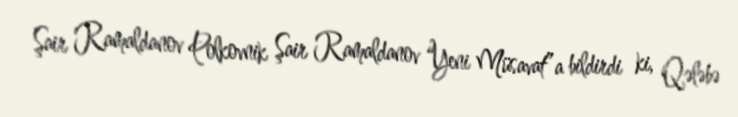
Şair Ramaldanov Polkovnik Şair Ramaldanov “Yeni Müsavat”a bildirdi ki, Qələbə